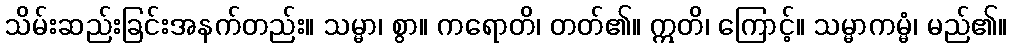
သိမ်းဆည်းခြင်းအနက်တည်း။ သမ္မာ၊ စွာ။ ကရောတိ၊ တတ်၏။ ဣတိ၊ ကြောင့်။ သမ္မာကမ္မံ၊ မည်၏။